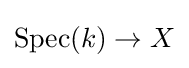
\operatorname {Spec} (k)\to X